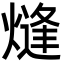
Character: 熢